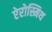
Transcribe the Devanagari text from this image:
ऐरोस्मिथ